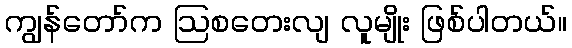
ကျွန်တော်က ဩစတေးလျ လူမျိုး ဖြစ်ပါတယ်။